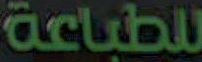
للطباعة